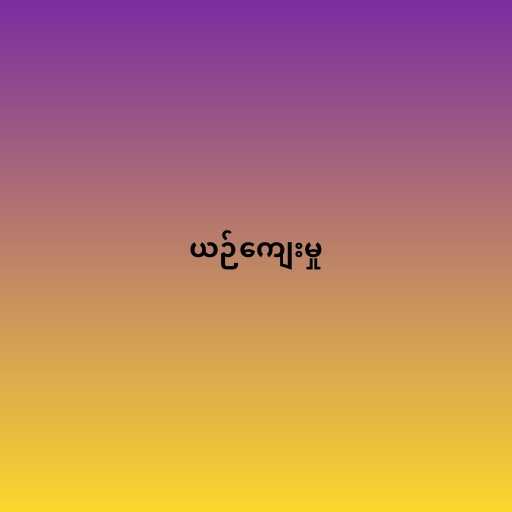
ယဉ်ကျေးမှု